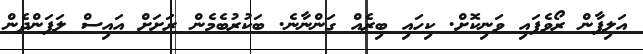
އަލިފާން ރޯވެފައި ވަނިކޮށް. ކިހައި ބިރެއް ގަންނާނެ. ބަކުރުބެމެން ރަށަށް އައިސް ލަފަންދެން